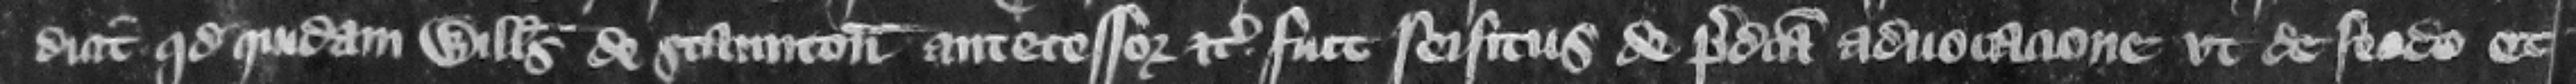
dicit quod quidam Willelmus de Staunton antecessor etc. fuit seisitus de predicta aduocacione vt de feodo et